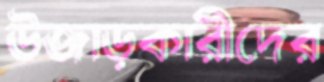
উজাড়কারীদের